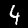
Digit: 4